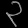
Digit: ၃